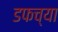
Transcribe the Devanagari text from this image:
डफच्या